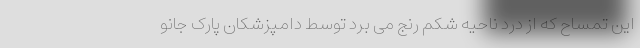
این تمساح که از درد ناحیه شکم رنج می برد توسط دامپزشکان پارک جانو